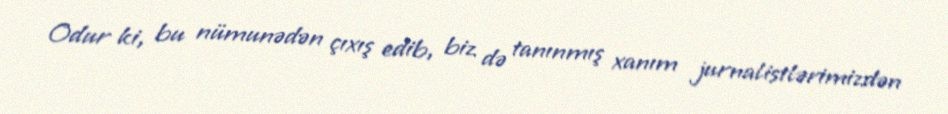
Odur ki, bu nümunədən çıxış edib, biz də tanınmış xanım jurnalistlərimizdən